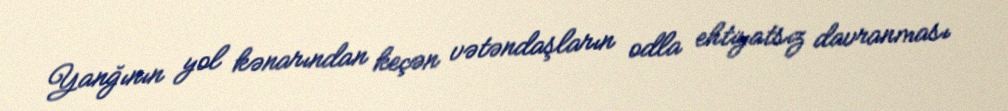
Yanğının yol kənarından keçən vətəndaşların odla ehtiyatsız davranması